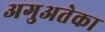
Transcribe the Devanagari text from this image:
अगुअतेका